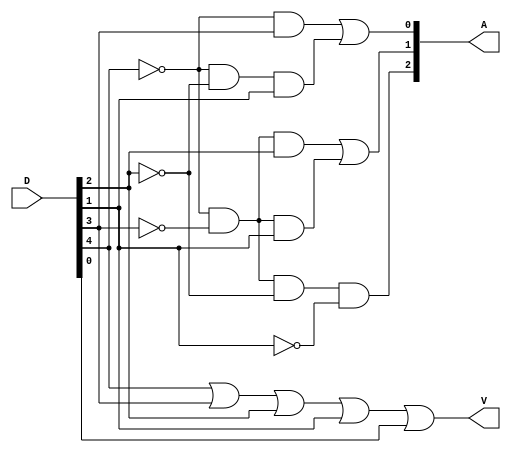
module Lab2_encoder_5bit_gate_level (input [0:4] D, output [2:0] A, output V);
	
	wire [0:4] nD;
	wire [4:0] w;

	not N0(nD[0], D[0]);
	not N1(nD[1], D[1]);
	not N2(nD[2], D[2]);
	not N3(nD[3], D[3]);

	// A2
	and A2_1(A[2], nD[0], nD[1], nD[2], nD[3]);

	// A1
	and A1_1(w[0], nD[0], nD[1], D[2]);
	and A1_2(w[1], nD[0], nD[1], D[3]);
	or O1_1(A[1], w[0], w[1]);

	// A0
	and A0_1(w[2], nD[0], D[1]);
	and A0_2(w[3], nD[0], nD[2], D[3]);
	or O2_1(A[0], w[2], w[3]);

	// V
	or OV(V, D[0], D[1], D[2], D[3], D[4]);

endmodule